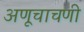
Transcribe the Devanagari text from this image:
अणूचाचणी